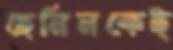
হেনিনকেই